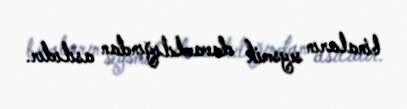
binaların seysmik davamlılığından asılıdır.